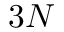
3 N